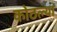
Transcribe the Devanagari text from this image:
कोठल्या